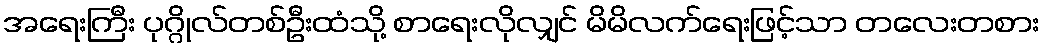
အရေးကြီး ပုဂ္ဂိုလ်တစ်ဦးထံသို့ စာရေးလိုလျှင် မိမိလက်ရေးဖြင့်သာ တလေးတစား